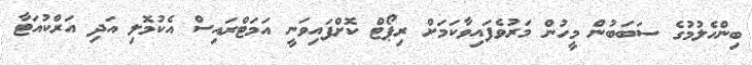
ބިންހެލުމުގެ ސަބަބުން މީހުން މަރުވެފައިވާކަމަށް ރިޕޯޓް ކޮށްފައިވަނީ އަމަޓްރައިސް އެކުމޮލި އަދި އަރްކުއަޓާ